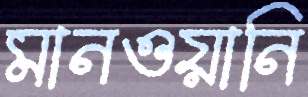
মানওয়ানি